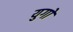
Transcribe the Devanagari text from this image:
युगाें